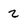
Character: 2